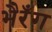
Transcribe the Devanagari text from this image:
भैरँग